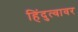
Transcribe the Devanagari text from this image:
हिंदुत्वावर